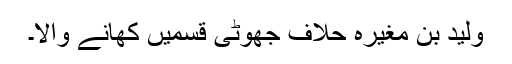
ولید بن مغیرہ حلاؔف جھوٹی قسمیں کھانے والا۔